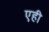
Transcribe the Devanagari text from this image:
एही